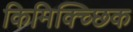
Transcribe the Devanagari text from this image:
किमिक्च्छिक